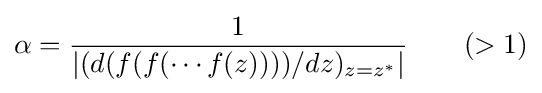
\alpha ={\frac {1}{\left|(d(f(f(\cdots f(z))))/dz)_{z=z^{*}}\right|}}\qquad (>1)